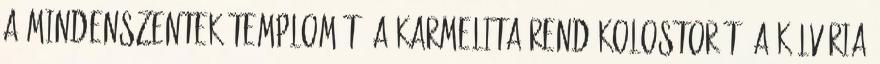
a Mindenszentek Templomát, a Karmelita rend kolostorát, a Kálvária